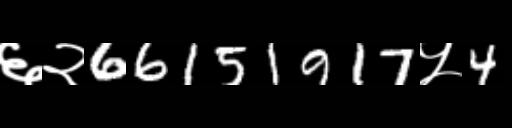
Text: ६२66151917५4